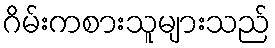
ဂိမ်းကစားသူများသည်